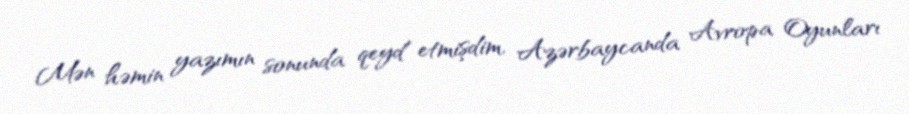
Mən həmin yazımın sonunda qeyd etmişdim, Azərbaycanda Avropa Oyunları